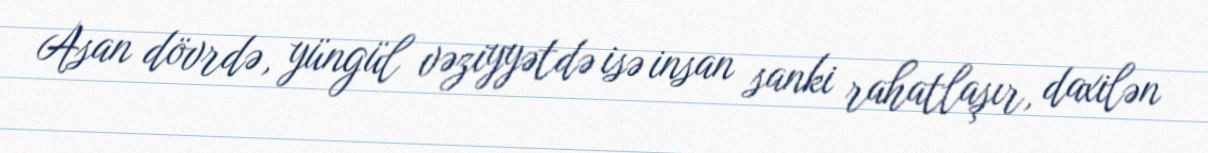
Asan dövrdə, yüngül vəziyyətdə isə insan sanki rahatlaşır, daxilən